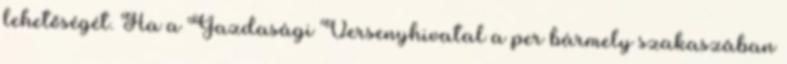
lehetőségét. Ha a Gazdasági Versenyhivatal a per bármely szakaszában